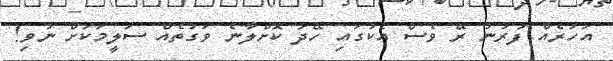
އަހަރެއް ފުރުނު ރޭ ވެސް އެކުގައި ހޭދަ ކޮށްލާނެ ވަގުތެއް ސަލީމަކަށް ނުވި!